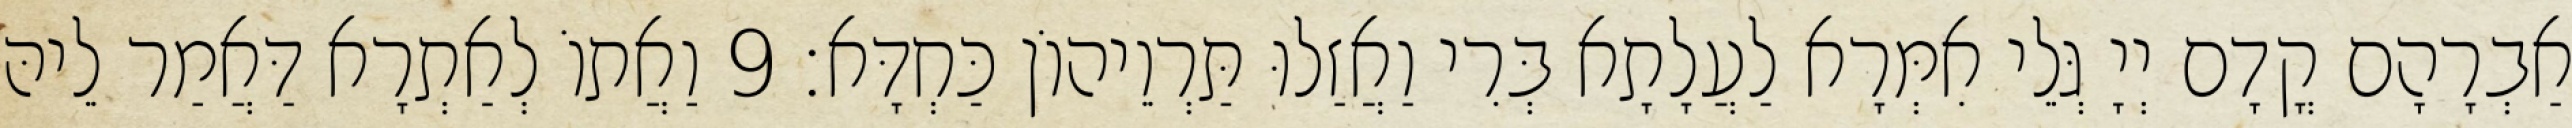
אַבְרָהָם קֳדָם יְיָ גְּלֵי אִמְּרָא לַעֲלָתָא בְּרִי וַאֲזַלוּ תַּרְוֵיהוֹן כַּחְדָּא׃ 9 וַאֲתוֹ לְאַתְרָא דַּאֲמַר לֵיהּ